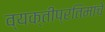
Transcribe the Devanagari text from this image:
व्यक्तीप्रतिमांचे